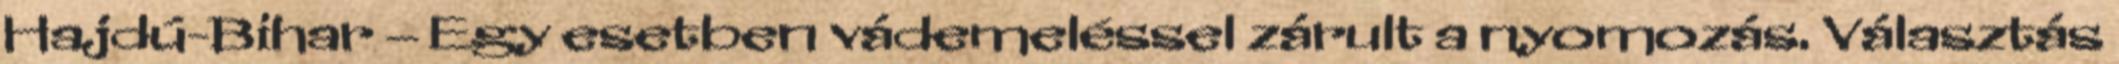
Hajdú-Bihar – Egy esetben vádemeléssel zárult a nyomozás. Választás